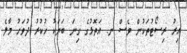
އިރު ރިސޯޓުތަކުން ވެސް ނ. އަތޮޅުގެ ގިނަ ބަޔަކު ހުކުރު ދުވަހު މާލެ